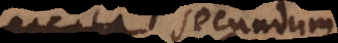
ata secundum